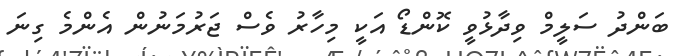
ބަންދު ސަލީމް ވިދާޅުވީ ކޮންޑޯ އަކީ މިހާރު ވެސް ޖަރުމަނުން އެންމެ ގިނަ